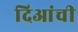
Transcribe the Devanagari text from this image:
दिआंची